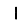
Digit: 1